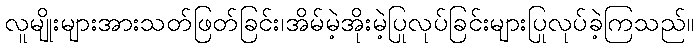
လူမျိုးများအားသတ်ဖြတ်ခြင်း၊အိမ်မဲ့အိုးမဲ့ပြုလုပ်ခြင်းများပြုလုပ်ခဲ့ကြသည်။